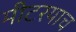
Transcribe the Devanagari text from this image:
मीटरयाच